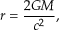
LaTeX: r = { \frac { 2 G M } { c ^ { 2 } } } ,